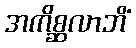
အကိစ္ဆလာဘိံ